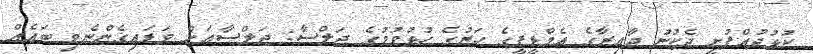
ކުޅުދުއްފުށީ ދެކުނު ދާއިރާގެ އެމްޑީޕީގެ ހަރުގެ ހުޅުވުމުގެ ޖަލްސާ: ޖަލްސާއަށް ވަޑައިގެންނެވި ބައެއް